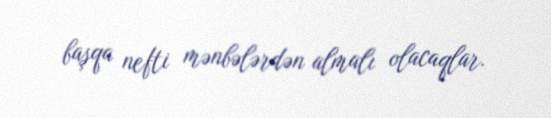
başqa nefti mənbələrdən almalı olacaqlar.